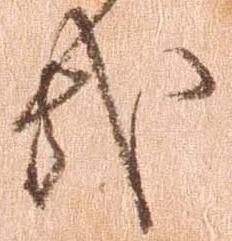
哉